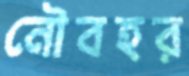
নৌবহর